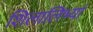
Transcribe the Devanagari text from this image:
शिलालिभ्यां